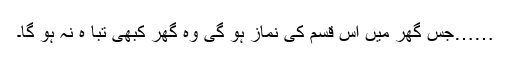
……جس گھر میں اس قسم کی نماز ہو گی وہ گھر کبھی تبا ہ نہ ہو گا۔